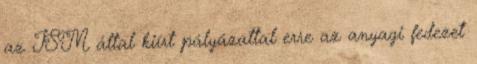
az ISM által kiírt pályázattal erre az anyagi fedezet